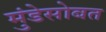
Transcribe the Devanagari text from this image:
मुंडेसोबत